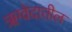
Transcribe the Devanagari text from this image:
ॠग्वेदातील